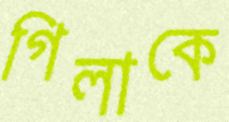
গিলাকে